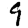
Digit: 9